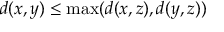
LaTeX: d ( x , y ) \leq \operatorname* { m a x } ( d ( x , z ) , d ( y , z ) )